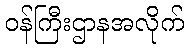
ဝန်ကြီးဌာနအလိုက်